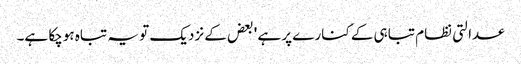
عدالتی نظام تباہی کے کنارے پر ہے ' بعض کے نزدیک تو یہ تباہ ہوچکا ہے۔